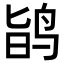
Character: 𪉆